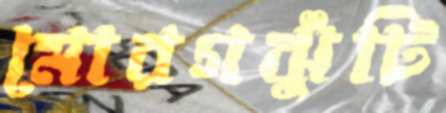
মোরগঝুঁটি